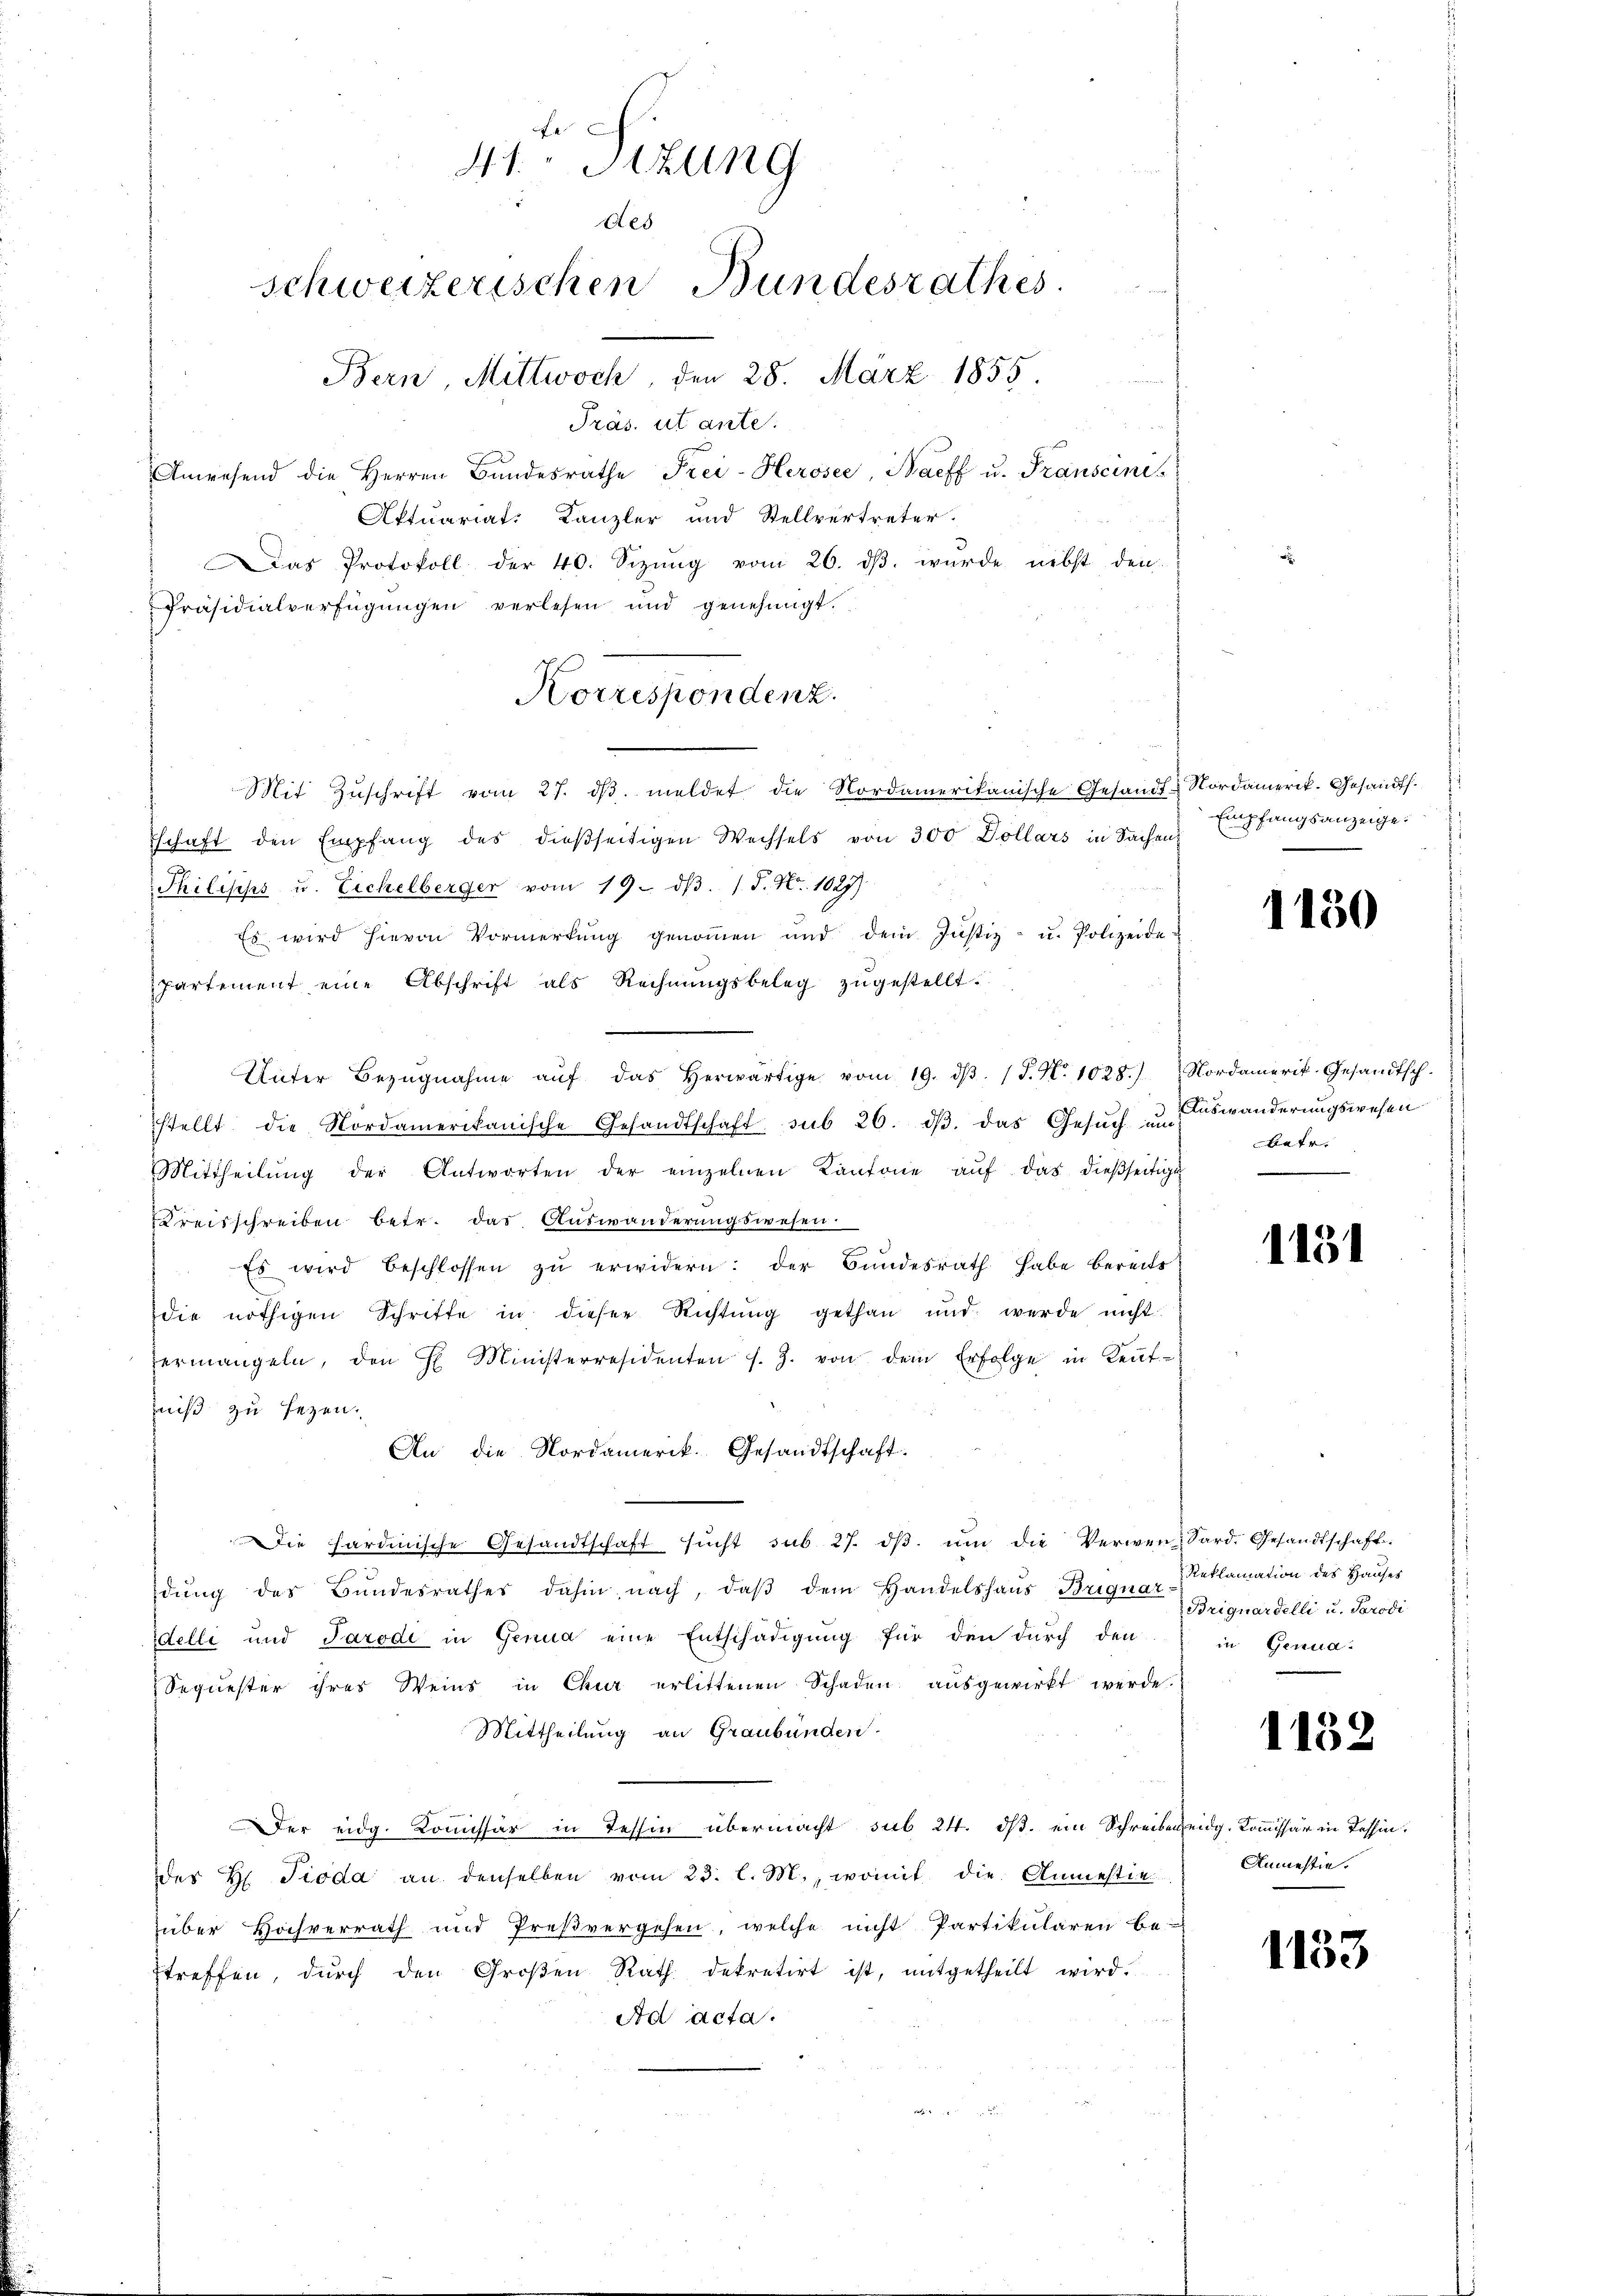
41. Sitzung
des
schweizerischen Bundesrathes
Bern Mittwoch 28. März 1855.
Präs. ut ante.

Anwesend die Herren Bŭndesräthe Frei-Heroser, Bacff u. Franscini¬
Aktuariat: Kanzler und Stellvertreter.
Das Protokoll der 40. Sizŭng vom 26. dβ. wurde nebst den
Präsidialverfügungen verlesen und genehmigt.
Mit Zŭschrift vom 27. dβ. meldet die Nordamerikanische Gesandt-Nordamerik. Gesandts
schaft den Empfang des dießseitigen Wechsels von 300 Dollars in Sachens
Philipps u. Eichelberger vom 19. dβ. 1 S. Nr. 1027)
Es wird hievon Vormerkŭng genoṁen und dem Justiz- u. Polizeide-
partement eine Abschrift als Rechnŭngsbeleg zŭgestellt.
Unter Bezŭgnahme aŭf das herwärtige vom 19. dβ. P. Nr. 1028.) Nordamerik-Gesandtsch-
stellt die Nordamerikanische Gesandtschaft sub 26. dβ. das Gesŭch auswänderungswesen
Mittheilŭng der Antworten der einzelnen Kantone aŭf das dieβseitige
Kreisschreiben betr. das Auswanderungswesen
Es wird beschlossen zŭ erwidern: der Bundesrath habe bereits
die nöthigen Schritte in dieser Richtŭng gethan und werde nicht
ermangeln, den H. Ministerresidenten s. Z. von dem Erfolge in Keṅt-
tniß zu sezen.
An die Nordamerik. Gesandtschaft.
Die hardinische Gesandtschaft sicht sub 27. dβ. ŭm die Verwen- Sard. Gesandtschaft
dŭng des Bŭndesrathes dahin nach, daβ dem Handelshaŭs Briqŭar Reklamation des Haŭses
delli und Tarodi in Genua eine Entschädigung für den durch den
Sequester ihres Weins in Chur erlittenen Schaden ausgewirkt werde.
Mittheilung an Graubünden.
Der eidg. Kommissär in Tessin übermacht, sub 24. ds. ein Schreiben eidg. Kommissär in Tessin,
ddes H Pioda an denselben vom 23. l. M., womit die Anmestie
über Hochverrath und Preßvergehen, welche nicht Partikularen be-
treffen, dŭrch den Groβen Rath dekretirt ist, mitgetheilt wird.
Ad acta.
Rat

Horrespondenz.

Empfangsanzeige.

1150

batr.
.

1151

Briguardelli u. Parodi
in Genua¬

1152

Anmestie

1133